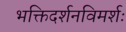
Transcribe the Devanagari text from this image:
भक्तिदर्शनविमर्शः